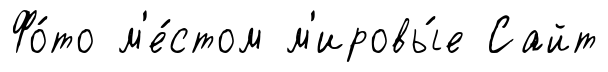
Фо́то м'е́стом м'ировы́е Сайт